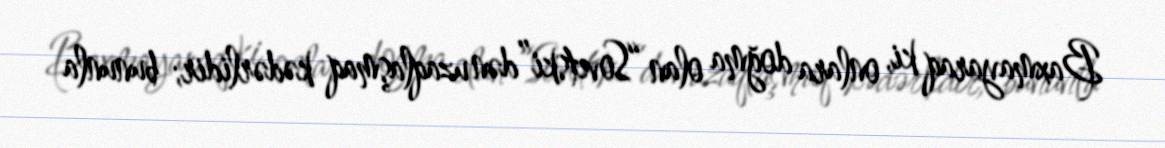
Baxmayaraq ki, onlara doğma olan “Sovetski”dən uzaqlaşmaq kədərlidir; bununla